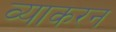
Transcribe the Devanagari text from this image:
व्याकरन